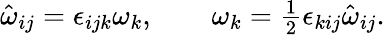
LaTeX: \begin{array}{r}{\hat{\omega}_{ij}=\epsilon_{ijk}\omega_{k},\qquad\omega_{k}=\frac 12\epsilon_{kij}\hat{\omega}_{ij}.}\end{array}